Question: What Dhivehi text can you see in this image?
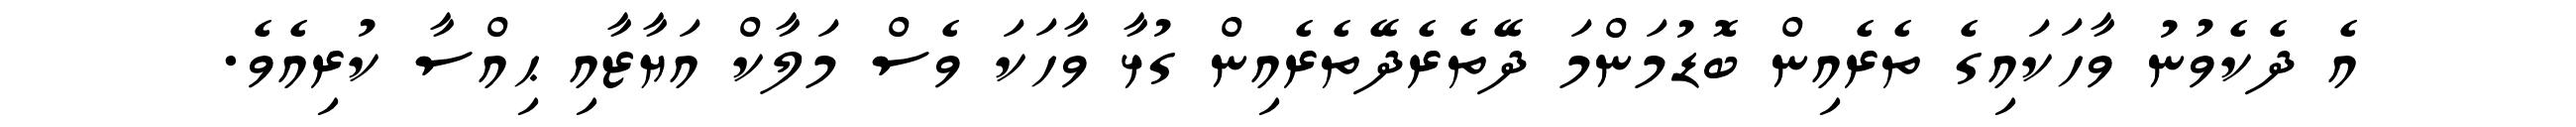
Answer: އެ ދެކެވުނު ވާހަކައިގެ ތެރެއިން ބޮޑުމަންމަ ދޭތެރެދޭތެރެއިން ގުޅާ ވާހަކަ ވެސް މަލާކް އަޔާޒާއި ޙިއްސާ ކުރިއެވެ.